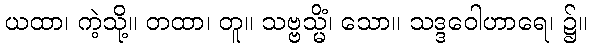
ယထာ၊ ကဲ့သို့။ တထာ၊ တူ။ သဗ္ဗသ္မိံ၊ သော။ သဒ္ဒဝေါဟာရေ၊ ၌။